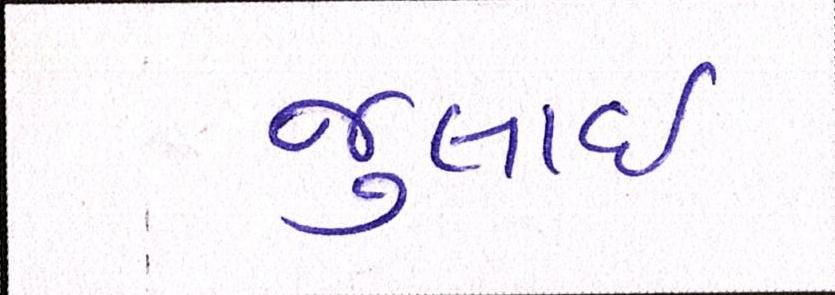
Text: જુલાઇ